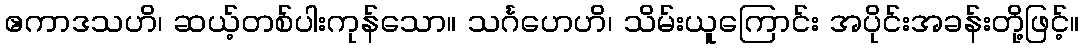
ဧကာဒသဟိ၊ ဆယ့်တစ်ပါးကုန်သော။ သင်္ဂဟေဟိ၊ သိမ်းယူကြောင်း အပိုင်းအခန်းတို့ဖြင့်။